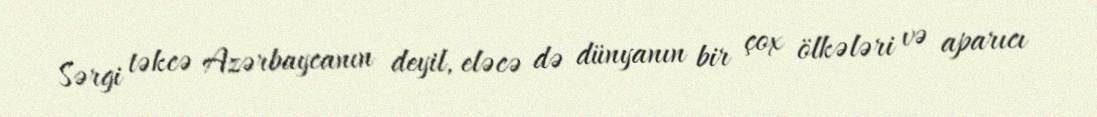
Sərgi təkcə Azərbaycanın deyil, eləcə də dünyanın bir çox ölkələri və aparıcı